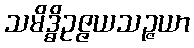
သမိဒ္ဓိဥဇ္ဇယသဉ္ဇယာ